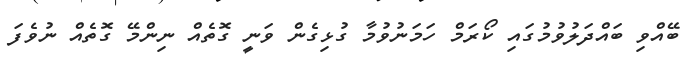
ބޭއްވި ބައްދަލުވުމުގައި ކޯރަމް ހަމަނުވުމާ ގުޅިގެން ވަނީ ގޮތެއް ނިންމޭ ގޮތެއް ނުވެފަ